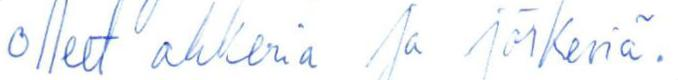
olleet ahkeria ja järkeviä.